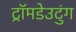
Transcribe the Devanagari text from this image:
ट्रॉमडेउटुंग